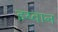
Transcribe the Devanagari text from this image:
इय्वान